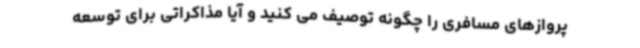
پروازهای مسافری را چگونه توصیف می کنید و آیا مذاکراتی برای توسعه